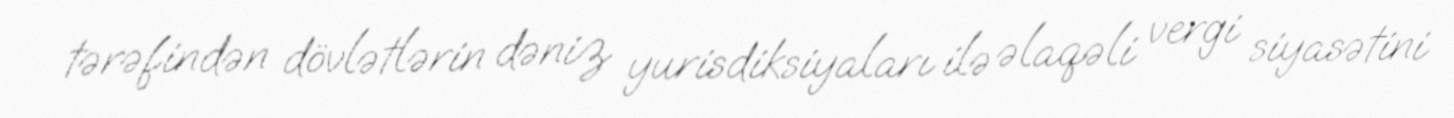
tərəfindən dövlətlərin dəniz yurisdiksiyaları ilə əlaqəli vergi siyasətini